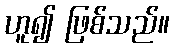
ဟူ၍ ဖြစ်သည်။